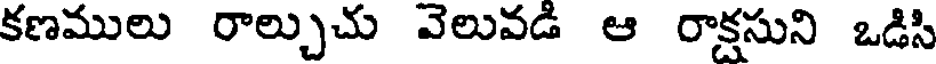
కణములు రాల్చుచు వెలువడి ఆ రాక్షసుని ఒడిసి